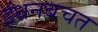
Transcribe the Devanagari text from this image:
इंधनबचत